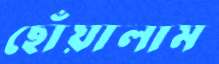
ছোঁয়ালাম